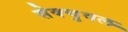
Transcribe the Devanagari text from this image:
सेक्चुवल